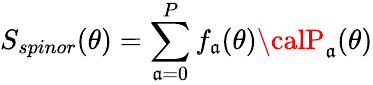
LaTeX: S_{spinor}(\theta)=\sum_{\mathfrak{a}=0}^{P}f_{\mathfrak{a}}(\theta){\calP}_{\mathfrak{a}}(\theta)